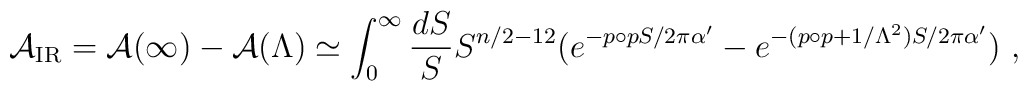
{\cal A}_{\rm IR} = {\cal A } ( \infty ) - {\cal A} ( \Lambda ) \simeq \int_0^{\infty} \frac{dS}{S} S^{n/2 - 12} ( e^{ - p \circ p S / 2 \pi \alpha^{\prime} }  -  e^{ - ( p \circ p + 1/ \Lambda^2 ) S / 2 \pi \alpha^{\prime}} )  ~,